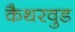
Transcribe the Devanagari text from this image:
कैथरवुड